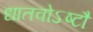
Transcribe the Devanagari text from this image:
धातवोऽष्टौ